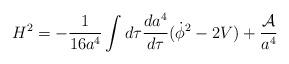
LaTeX: \begin{align*}H^2=-\frac{1}{16 a^4}\int d\tau \frac{da^4}{d\tau}(\dot \phi^2-2V)+ \frac{\cal A}{a^4}\end{align*}